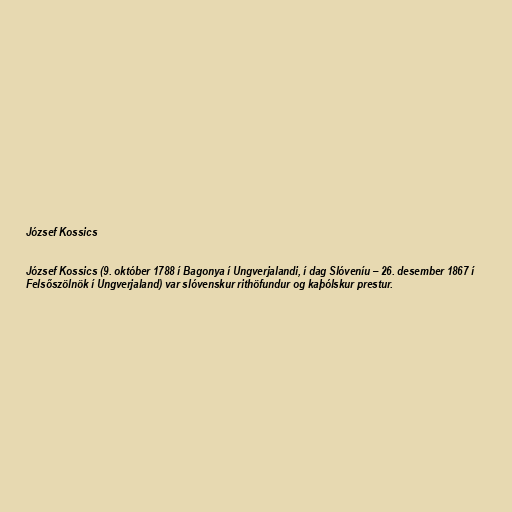
József Kossics

József Kossics (9. október 1788 í Bagonya í Ungverjalandi, í dag Slóveníu – 26. desember 1867 í
Felsőszölnök í Ungverjaland) var slóvenskur rithöfundur og kaþólskur prestur.